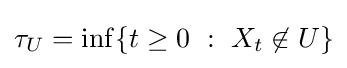
\tau _{U}=\inf\{t\geq 0\ :\ X_{t}\not \in U\}